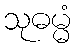
သုဓမ္မံ